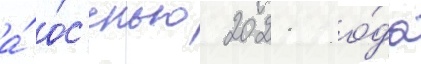
а́ о́с'енью 2021 го́да